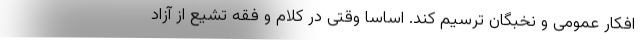
افکار عمومی و نخبگان ترسیم کند. اساسا وقتی در کلام و فقه تشیع از آزاد